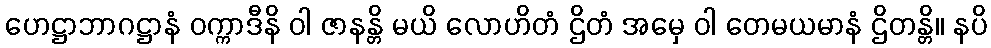
ဟေဋ္ဌာဘာဂဋ္ဌာနံ ဝက္ကာဒီနိ ဝါ ဇာနန္တိ မယိ လောဟိတံ ဌိတံ အမှေ ဝါ တေမယမာနံ ဌိတန္တိ။ နပိ